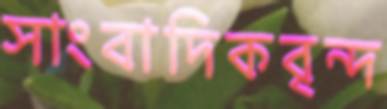
সাংবাদিকবৃন্দ